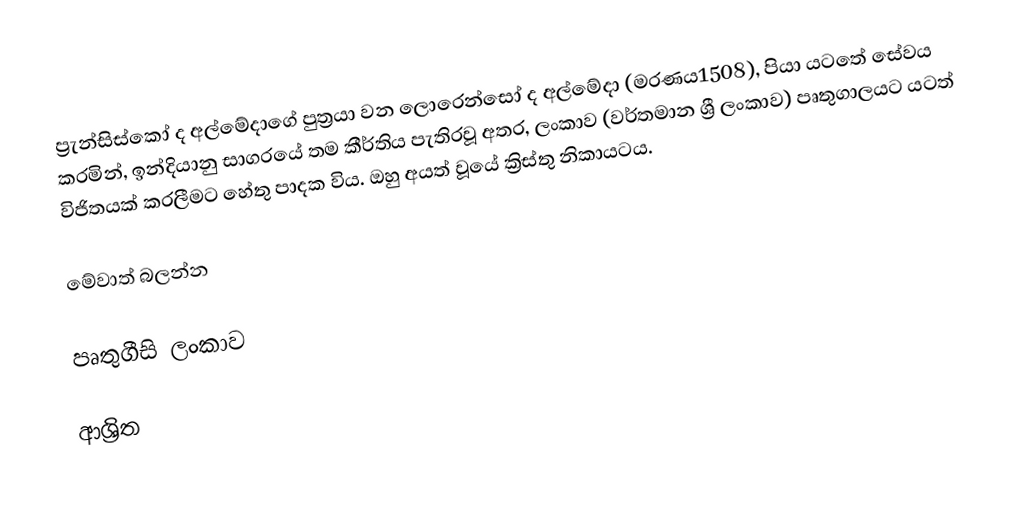
ප්‍රැන්සිස්කෝ ද අල්මේදාගේ පුත්‍රයා වන ලොරෙන්සෝ ද අල්මේදා (මරණය1508), පියා යටතේ සේවය කරමින්, ඉන්දියානු සාගරයේ තම කීර්තිය පැතිරවූ අතර, ලංකාව (වර්තමාන ශ්‍රී ලංකාව) පෘතුගාලයට  යටත් විජිතයක් කරලීමට හේතු පාදක විය. ඔහු අයත් වූයේ ක්‍රිස්තු නිකායටය.

මේවාත් බලන්න

 පෘතුගීසි ලංකාව

ආශ්‍රිත